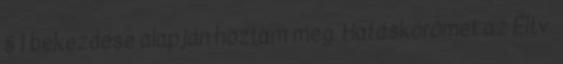
§ 1 bekezdése alapján hoztam meg. Hatáskörömet az Éltv.